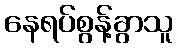
နေရပ်စွန့်ခွာသူ